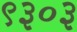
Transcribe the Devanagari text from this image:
९३०३